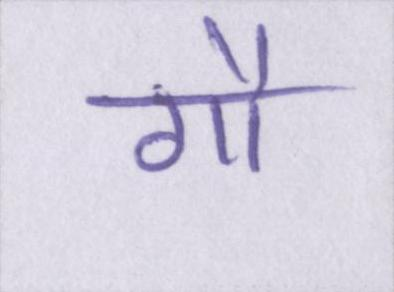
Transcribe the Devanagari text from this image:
गौ